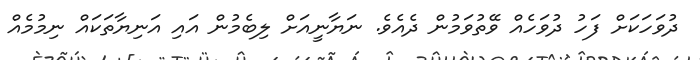
ދުވަހަކަށް ފަހު ދުވަހެއް ވޭތުވަމުން ދެއެވެ. ނަޔާނީއަށް ލިބެމުން އައި އަނިޔާތަކައް ނިމުމެއް